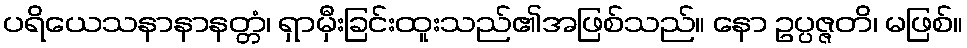
ပရိယေသနာနာနတ္တံ၊ ရှာမှီးခြင်းထူးသည်၏အဖြစ်သည်။ နော ဥပ္ပဇ္ဇတိ၊ မဖြစ်။